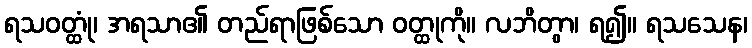
ရသဝတ္ထုံ၊ အရသာ၏ တည်ရာဖြစ်သော ဝတ္ထုကို။ လဘိတွာ၊ ရ၍။ ရသသေန၊